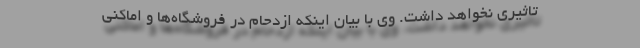
تاثیری نخواهد داشت. وی با بیان اینکه ازدحام در فروشگاه‌ها و اماکنی